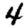
Digit: 4